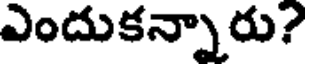
ఎందుకన్నారు?